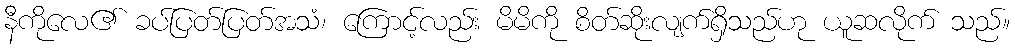
နီကိုလေ၏ ခပ်ပြတ်ပြတ်အသံ၊ ကြောင့်လည်း မိမိကို စိတ်ဆိုးလျက်ရှိသည်ဟု ယူဆလိုက် သည်။